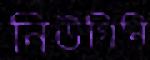
নিউগিনি